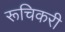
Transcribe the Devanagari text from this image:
रूचिकरी